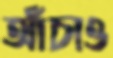
আঁচাও